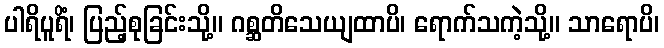
ပါရိပူရိံ၊ ပြည့်စုခြင်းသို့။ ဂစ္ဆတိသေယျထာပိ၊ ရောက်သကဲ့သို့။ သာရောပိ၊